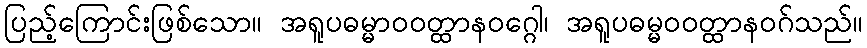
ပြည့်ကြောင်းဖြစ်သော။ အရူပဓမ္မာဝဝတ္ထာနဝဂ္ဂေါ၊ အရူပဓမ္မဝဝတ္ထာနဝဂ်သည်။